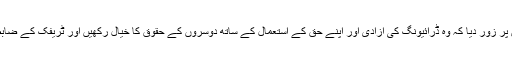
میجر جنرل منصور الترکی نے خواتین پر زور دیا کہ وہ ڈرائیونگ کی آزادی اور اپنے حق کے استعمال کے ساتھ دوسروں کے حقوق کا خیال رکھیں اور ٹریفک کے ضابطہ اخلاق کی سختی سے پابندیں کریں۔